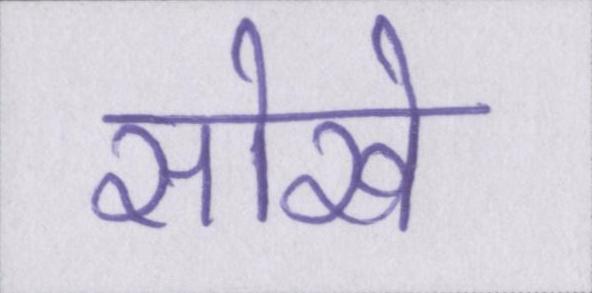
सोखे